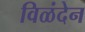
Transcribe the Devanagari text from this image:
विळंदेन